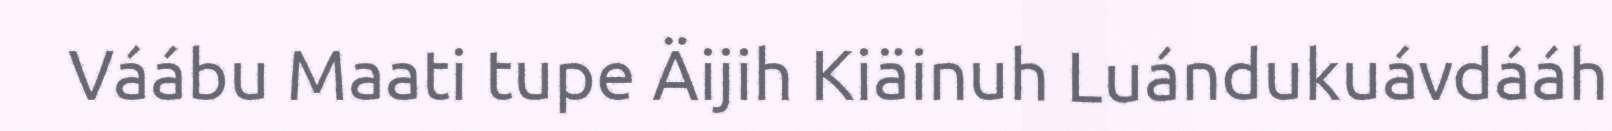
Váábu Maati tupe Äijih Kiäinuh Luándukuávdááh